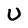
Character: U